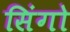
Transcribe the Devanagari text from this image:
सिंगो